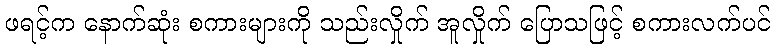
ဖရင့်က နောက်ဆုံး စကားများကို သည်းလှိုက် အူလှိုက် ပြောသဖြင့် စကားလက်ပင်